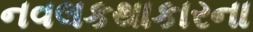
નવલકથાકારના